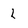
Character: l